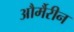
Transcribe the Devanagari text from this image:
और्मैरीन